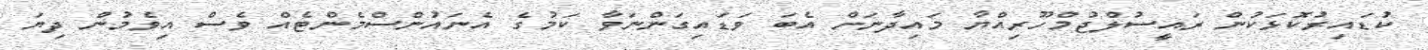
ކުޑައިރުކޮޅަކުން ރައީސުލްޖުމްހޫރިއްޔާ މައިދާނަށް އެބަ ވަޑައިގަންނަވާ ކަމުގެ އެނައުންސްމެންޓެއް ވެސް އިވެމުން ދިޔަ